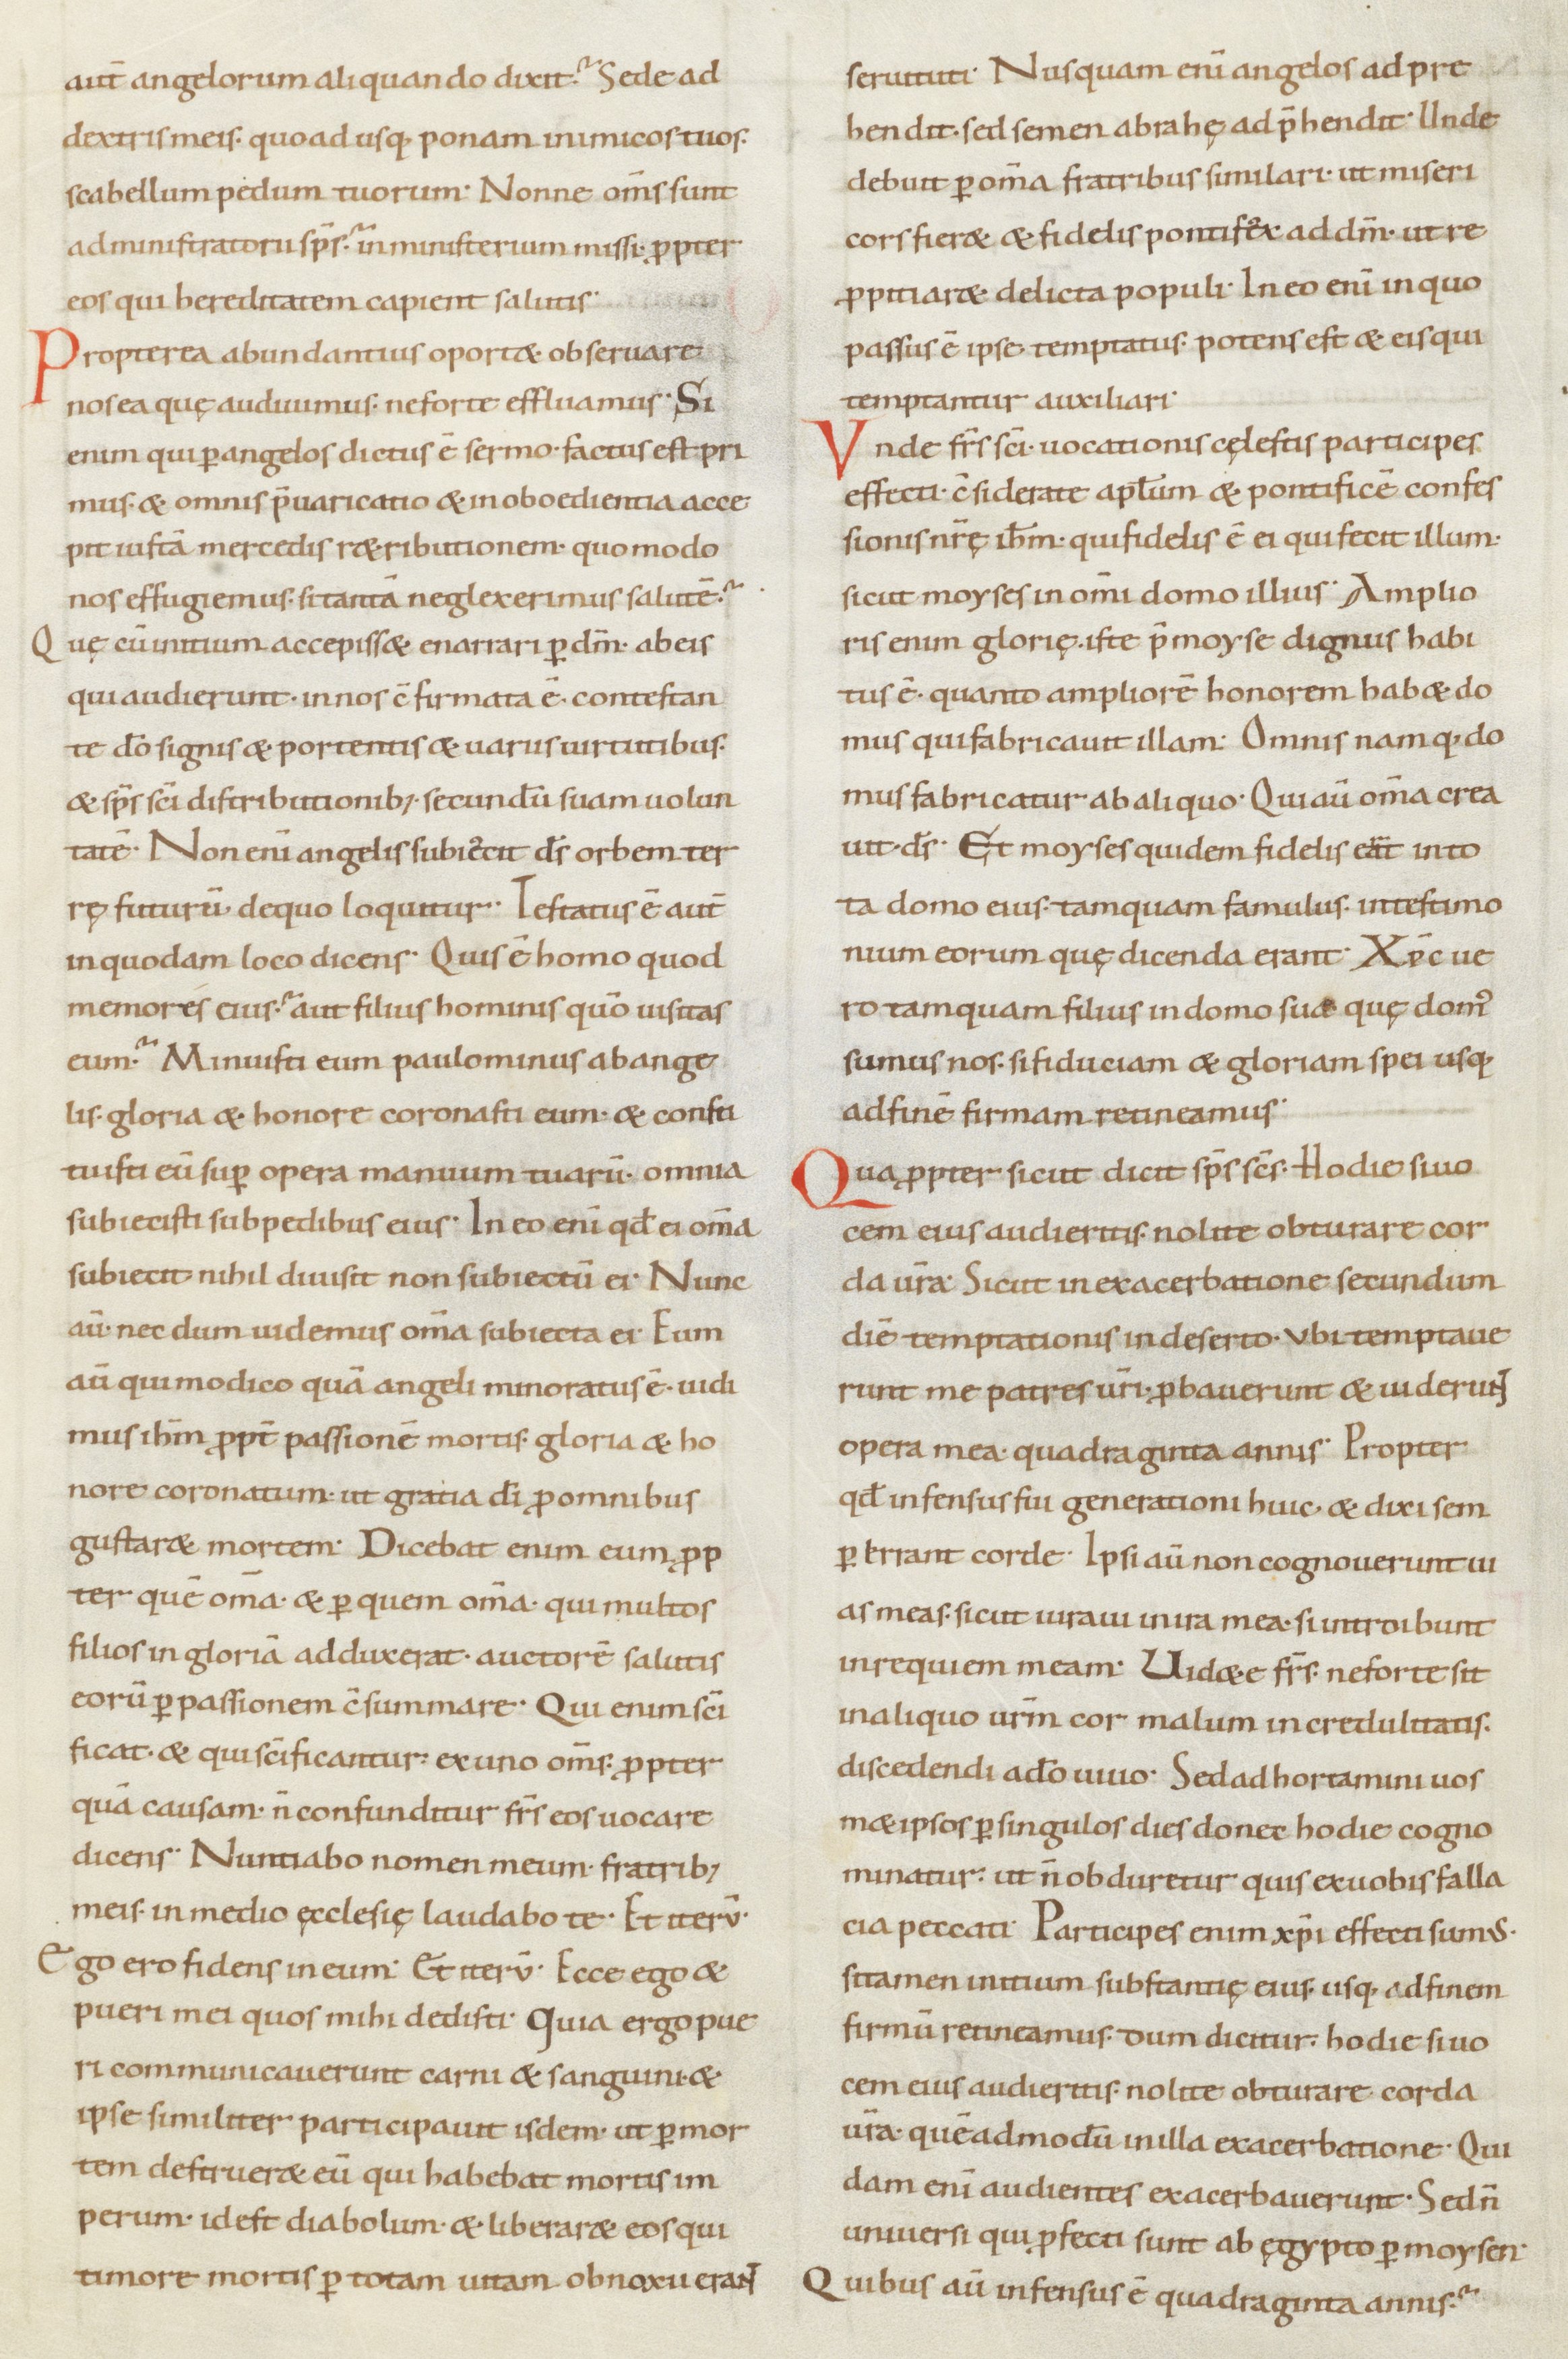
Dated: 900–999